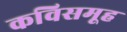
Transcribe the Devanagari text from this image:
कविसमूह